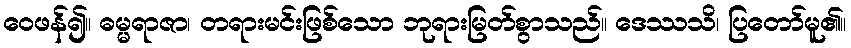
ဝေဖန်၍။ ဓမ္မရာဇာ၊ တရားမင်းဖြစ်သော ဘုရားမြတ်စွာသည်။ ဒေဿသိ၊ ပြတော်မူ၏။